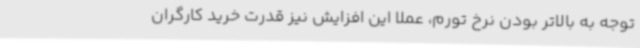
توجه به بالاتر بودن نرخ تورم، عملا این افزایش نیز قدرت خرید کارگران